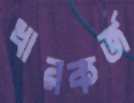
ধারকর্জ